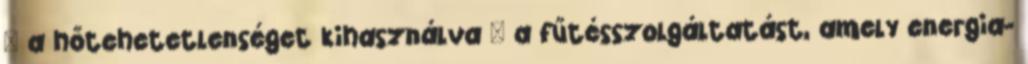
– a hőtehetetlenséget kihasználva – a fűtésszolgáltatást, amely energia-